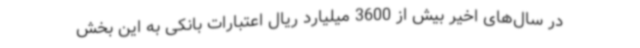
در سال‌های اخیر بیش از 3600 میلیارد ریال اعتبارات بانکی به این بخش